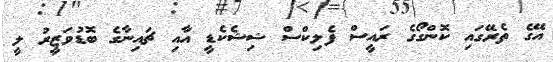
އޭގެ ތެރޭގައި ކޮންގޯގެ ރައީސް ފެލިކްސް ޝިޝެކެޑީ އާއި ޗައިނާގެ ބޮޑުވަޒީރު ލީ